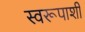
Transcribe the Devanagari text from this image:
स्वरूपाशी